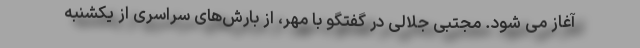
آغاز می شود. مجتبی جلالی در گفتگو با مهر، از بارش‌های سراسری از یکشنبه